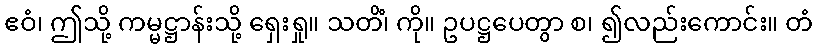
ဧဝံ၊ ဤသို့ ကမ္မဋ္ဌာန်းသို့ ရှေးရှု။ သတိံ၊ ကို။ ဥပဋ္ဌပေတွာ စ၊ ၍လည်းကောင်း။ တံ